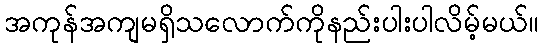
အကုန်အကျမရှိသလောက်ကိုနည်းပါးပါလိမ့်မယ်။